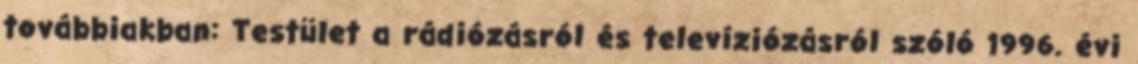
továbbiakban: Testület a rádiózásról és televíziózásról szóló 1996. évi